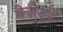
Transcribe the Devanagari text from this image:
गैज़ेटर